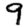
Digit: 9